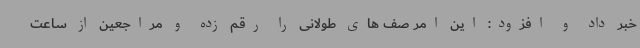
خبر داد و افزود: این امر صف های طولانی را رقم زده و مراجعین از ساعت